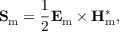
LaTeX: \mathbf { S } _ { \mathrm { m } } = { \frac { 1 } { 2 } } \mathbf { E } _ { \mathrm { m } } \times \mathbf { H } _ { \mathrm { m } } ^ { * } ,